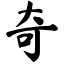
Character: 奇